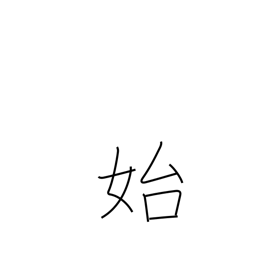
Meaning: begin